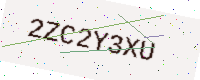
Text: 2ZC2Y3XU